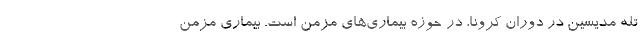
تله مدیسین در دوران کرونا، در حوزه بیماری‌های مزمن است. بیماری مزمن